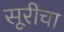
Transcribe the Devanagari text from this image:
सूरीचा